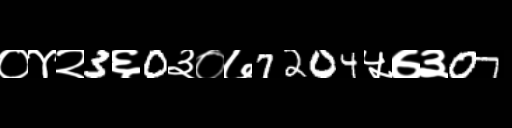
Text: ०४२3६0३०७7204५७३07